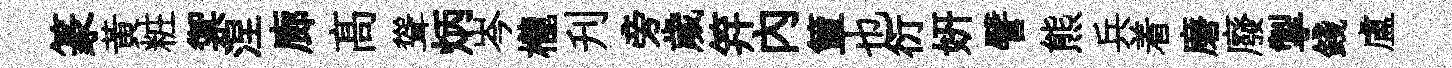
篆黄粧禦涅廊髙聳炳岑櫳刋旁歲笄內簞也衍妍譬熊兵着磨廢掣錢盧